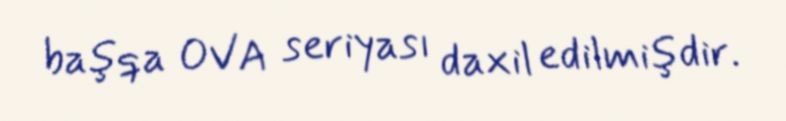
başqa OVA seriyası daxil edilmişdir.